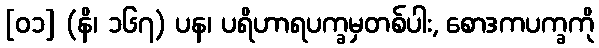
[၀၁] (နိ၊ ၁၆၇) ပန၊ ပရိဟာရပက္ခမှတစ်ပါး, စောဒကပက္ခကို